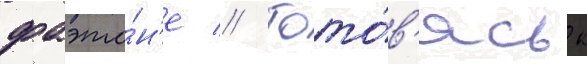
фаэто́н'е // Гото́в'ясь к